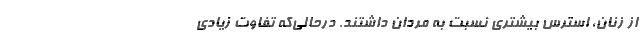
از زنان، استرس بیشتری نسبت به مردان داشتند. درحالی‌که تفاوت زیادی